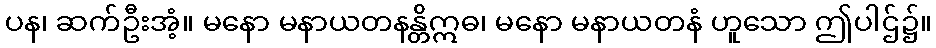
ပန၊ ဆက်ဦးအံ့။ မနော မနာယတနန္တိဣဓ၊ မနော မနာယတနံ ဟူသော ဤပါဌ်၌။